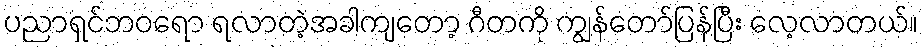
ပညာရှင်ဘဝရော ရလာတဲ့အခါကျတော့ ဂီတကို ကျွန်တော်ပြန်ပြီး လေ့လာတယ်။